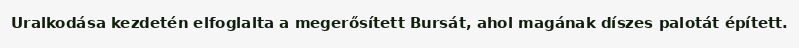
Uralkodása kezdetén elfoglalta a megerősített Bursát, ahol magának díszes palotát épített.